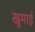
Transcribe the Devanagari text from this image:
खुमाई